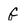
Character: G